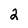
Character: 2